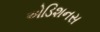
એડિશનસ